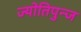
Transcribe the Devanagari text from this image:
ज्योतिपुन्ज